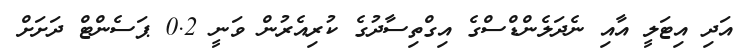
އަދި އިޓަލީ އާއި ނެދަލެންޑްސްގެ އިގްތިސާދުގެ ކުރިއެރުން ވަނީ 0.2 ޕަސެންޓް ދަށަށް